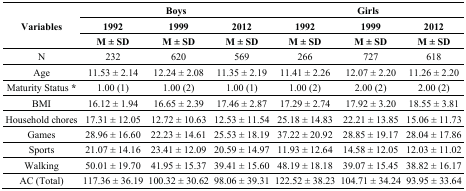
| <ROWSPAN=3> Variables | <COLSPAN=3> Boys | <COLSPAN=3> Girls |
 | 1992 | 1999 | 2012 | 1992 | 1999 | 2012 |
 | M ± SD | M ± SD | M ± SD | M ± SD | M ± SD | M ± SD |
 | --- | --- | --- | --- | --- | --- | --- |
 | N | 232 | 620 | 569 | 266 | 727 | 618 |
 | Age | 11.53 ± 2.14 | 12.24 ± 2.08 | 11.35 ± 2.19 | 11.41 ± 2.26 | 12.07 ± 2.20 | 11.26 ± 2.20 |
 | Maturity Status * | 1.00 (1) | 1.00 (2) | 1.00 (1) | 1.00 (2) | 2.00 (2) | 2.00 (2) |
 | BMI | 16.12 ± 1.94 | 16.65 ± 2.39 | 17.46 ± 2.87 | 17.29 ± 2.74 | 17.92 ± 3.20 | 18.55 ± 3.81 |
 | Household chores | 17.31 ± 12.05 | 12.72 ± 10.63 | 12.53 ± 11.54 | 25.18 ± 14.83 | 22.21 ± 13.85 | 15.06 ± 11.73 |
 | Games | 28.96 ± 16.60 | 22.23 ± 14.61 | 25.53 ± 18.19 | 37.22 ± 20.92 | 28.85 ± 19.17 | 28.04 ± 17.86 |
 | Sports | 21.07 ± 14.16 | 23.41 ± 12.09 | 20.59 ± 14.97 | 11.93 ± 12.64 | 14.58 ± 12.05 | 12.03 ± 11.02 |
 | Walking | 50.01 ± 19.70 | 41.95 ± 15.37 | 39.41 ± 15.60 | 48.19 ± 18.18 | 39.07 ± 15.45 | 38.82 ± 16.17 |
 | AC (Total) | 117.36 ± 36.19 | 100.32 ± 30.62 | 98.06 ± 39.31 | 122.52 ± 38.23 | 104.71 ± 34.24 | 93.95 ± 33.64 |